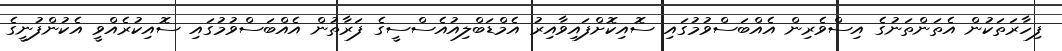
ފިހާރަތަކުން އެތަންތަނުގެ އިސްވެރިން އެއްބަސްވުމުގައި ސޮއިކޮށްފައިވާއިރު އެމްޑަބްލިއުއެސްސީގެ ފަރާތުން އެއްބަސްވުމުގައި ސޮއިކުރެއްވީ އެކުންފުނީގެ